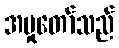
အမှုတော်သည်